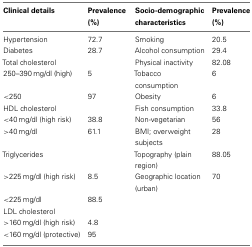
<table><thead><tr><td><b>Clinical details</b></td><td><b>Prevalence (%)</b></td><td><b>Socio-demographic characteristics</b></td><td><b>Prevalence (%)</b></td></tr></thead><tbody><tr><td>Hypertension</td><td>72.7</td><td>Smoking</td><td>20.5</td></tr><tr><td>Diabetes</td><td>28.7</td><td>Alcohol consumption</td><td>29.4</td></tr><tr><td>Total cholesterol</td><td></td><td>Physical inactivity</td><td>82.08</td></tr><tr><td>250–390 mg/dl (high)</td><td>5</td><td>Tobacco consumption</td><td>6</td></tr><tr><td>&lt;250</td><td>97</td><td>Obesity</td><td>6</td></tr><tr><td>HDL cholesterol</td><td></td><td>Fish consumption</td><td>33.8</td></tr><tr><td>&lt;40 mg/dl (high risk)</td><td>38.8</td><td>Non-vegetarian</td><td>56</td></tr><tr><td>&gt;40 mg/dl</td><td>61.1</td><td>BMI; overweight subjects</td><td>28</td></tr><tr><td>Triglycerides</td><td></td><td>Topography (plain region)</td><td>88.05</td></tr><tr><td>&gt;225 mg/dl (high risk)</td><td>8.5</td><td>Geographic location (urban)</td><td>70</td></tr><tr><td>&lt;225 mg/dl</td><td>88.5</td><td></td><td></td></tr><tr><td>LDL cholesterol</td><td></td><td></td><td></td></tr><tr><td>&gt;160 mg/dl (high risk)</td><td>4.8</td><td></td><td></td></tr><tr><td>&lt;160 mg/dl (protective)</td><td>95</td><td></td><td></td></tr></tbody></table>